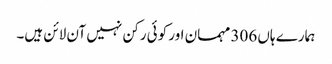
ہمارے ہاں 306 مہمان اور کوئی رکن نہیں آن لائن ہیں۔